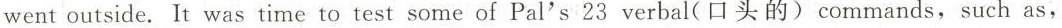
went outside. It was time to test some of Pal's 23 verbal(口头的)commands,such as,